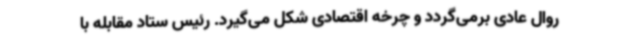
روال عادی برمی‌گردد و چرخه اقتصادی شکل می‌گیرد. رئیس ستاد مقابله با